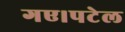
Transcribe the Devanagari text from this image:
गए।पटेल